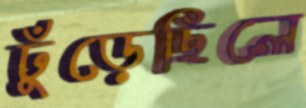
ঢুঁড়েছিলে